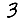
Digit: 3